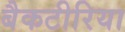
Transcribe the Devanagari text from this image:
बैकटीरिया